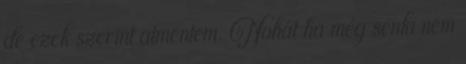
de ezek szerint atmentem. Nohát ha még senki nem